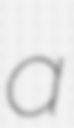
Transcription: a